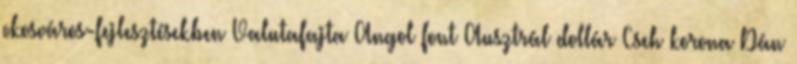
okosváros-fejlesztésekben Valutafajta Angol font Ausztrál dollár Cseh korona Dán